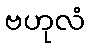
ဗဟုလံ